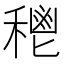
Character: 𥠴